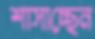
শাসাচ্ছেন